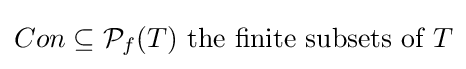
Con\subseteq {\mathcal {P}}_{f}(T){\mbox{ the finite subsets of }}T